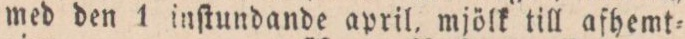
med den 1 inſtundande april, mjölk till afhemt=